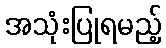
အသုံးပြုရမည့်